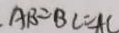
A B = B C = A C